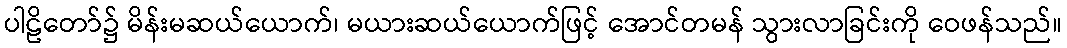
ပါဠိတော်၌ မိန်းမဆယ်ယောက်၊ မယားဆယ်ယောက်ဖြင့် အောင်တမန် သွားလာခြင်းကို ဝေဖန်သည်။